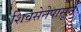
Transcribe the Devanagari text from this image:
शिवसेनेपासून